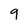
Character: g